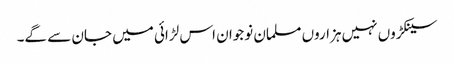
سینکڑوں نہیں ہزاروں مسلمان نوجوان اس لڑائی میں جان سے گے۔